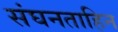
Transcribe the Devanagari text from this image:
संघनताहिन